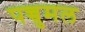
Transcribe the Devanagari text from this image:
पच्चुमल